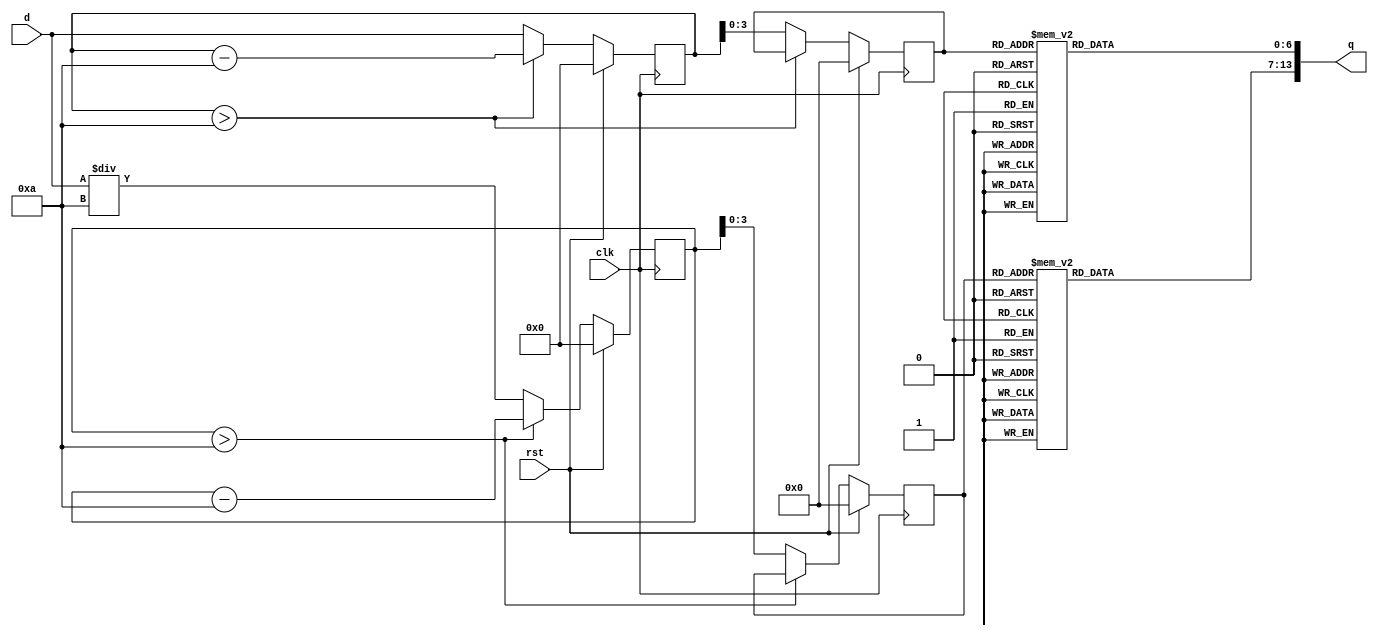
/*
   This file was generated automatically by the Mojo IDE version B1.3.6.
   Do not edit this file directly. Instead edit the original Lucid source.
   This is a temporary file and any changes made to it will be destroyed.
*/

module sevenseg_13 (
    input clk,
    input rst,
    input [15:0] d,
    output reg [13:0] q
  );
  
  
  
  reg [6:0] tens_out;
  
  reg [6:0] ones_out;
  
  reg [15:0] M_ones_d, M_ones_q = 1'h0;
  reg [15:0] M_tens_d, M_tens_q = 1'h0;
  reg [3:0] M_ones_mod_d, M_ones_mod_q = 1'h0;
  reg [3:0] M_tens_mod_d, M_tens_mod_q = 1'h0;
  
  always @* begin
    M_tens_d = M_tens_q;
    M_ones_d = M_ones_q;
    M_ones_mod_d = M_ones_mod_q;
    M_tens_mod_d = M_tens_mod_q;
    
    if (M_ones_q > 4'ha) begin
      M_ones_d = M_ones_q - 4'ha;
    end else begin
      M_ones_mod_d = M_ones_q[0+3-:4];
      M_ones_d = d;
    end
    if (M_tens_q > 4'ha) begin
      M_tens_d = M_tens_q - 4'ha;
    end else begin
      M_tens_mod_d = M_tens_q[0+3-:4];
      M_tens_d = d / 4'ha;
    end
    
    case (M_ones_mod_q)
      1'h1: begin
        ones_out = 7'h30;
      end
      2'h2: begin
        ones_out = 7'h6d;
      end
      2'h3: begin
        ones_out = 7'h79;
      end
      3'h4: begin
        ones_out = 7'h33;
      end
      3'h5: begin
        ones_out = 7'h5b;
      end
      3'h6: begin
        ones_out = 7'h5f;
      end
      3'h7: begin
        ones_out = 7'h70;
      end
      4'h8: begin
        ones_out = 7'h7f;
      end
      4'h9: begin
        ones_out = 7'h73;
      end
      default: begin
        ones_out = 7'h7e;
      end
    endcase
    
    case (M_tens_mod_q)
      1'h1: begin
        tens_out = 7'h30;
      end
      2'h2: begin
        tens_out = 7'h6d;
      end
      2'h3: begin
        tens_out = 7'h79;
      end
      3'h4: begin
        tens_out = 7'h33;
      end
      3'h5: begin
        tens_out = 7'h5b;
      end
      3'h6: begin
        tens_out = 7'h5f;
      end
      3'h7: begin
        tens_out = 7'h70;
      end
      4'h8: begin
        tens_out = 7'h7f;
      end
      4'h9: begin
        tens_out = 7'h73;
      end
      default: begin
        tens_out = 7'h7e;
      end
    endcase
    q = {tens_out, ones_out};
  end
  
  always @(posedge clk) begin
    if (rst == 1'b1) begin
      M_ones_q <= 1'h0;
      M_tens_q <= 1'h0;
      M_ones_mod_q <= 1'h0;
      M_tens_mod_q <= 1'h0;
    end else begin
      M_ones_q <= M_ones_d;
      M_tens_q <= M_tens_d;
      M_ones_mod_q <= M_ones_mod_d;
      M_tens_mod_q <= M_tens_mod_d;
    end
  end
  
endmodule